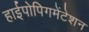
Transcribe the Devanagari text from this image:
हाईपोपिगमेंटेशन